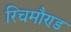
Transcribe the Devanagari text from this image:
रिचमौण्ड